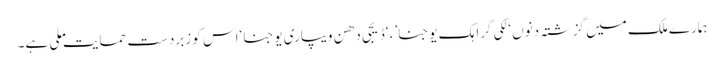
ہمارے ملک میں گزشتہ دنوں ‘لکی گراہک یوجنا’، ‘ڈیجی دھن ویپاری یوجنا ‘اس کو زبردست حمایت ملی ہے۔